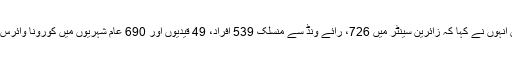
متاثرین سے متعلق انہوں نے کہا کہ زائرین سینٹر میں 726، رائے ونڈ سے منسلک 539 افراد، 49 قیدیوں اور 690 عام شہریوں میں کورونا وائرس کی تشخیص ہوئی۔